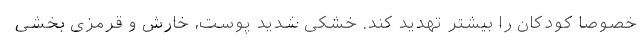
خصوصاً کودکان را بیشتر تهدید کند. خشکی شدید پوست، خارش و قرمزی بخشی